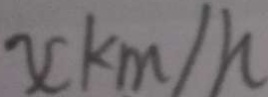
x k m / h